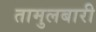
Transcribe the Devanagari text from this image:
तामुलबारी